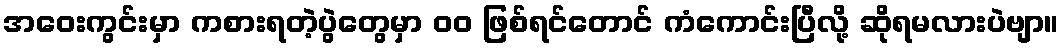
အဝေးကွင်းမှာ ကစားရတဲ့ပွဲတွေမှာ ၀၀ ဖြစ်ရင်တောင် ကံကောင်းပြီလို့ ဆိုရမလားပဲဗျာ။